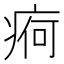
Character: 𱱖